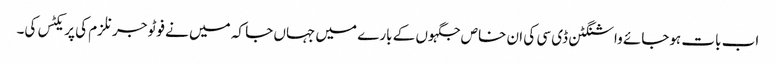
اب بات ہوجائے واشنگٹن ڈی سی کی ان خاص جگہوں کے بارے میں جہاں جا کہ میں نے فوٹو جرنلزم کی پریکٹس کی۔